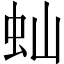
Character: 𬟴